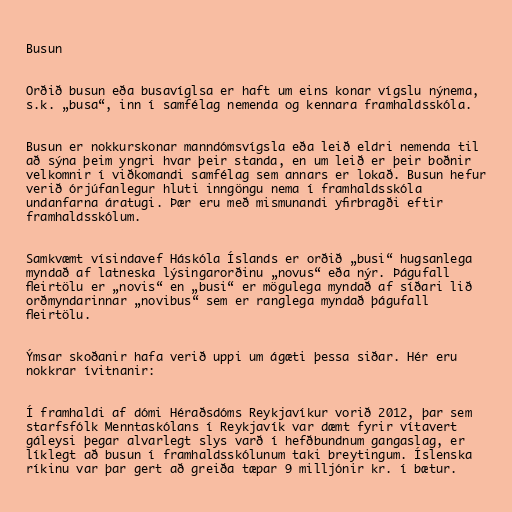
Busun

Orðið busun eða busavíglsa er haft um eins konar vígslu nýnema,
s.k. „busa“, inn í samfélag nemenda og kennara framhaldsskóla.

Busun er nokkurskonar manndómsvígsla eða leið eldri nemenda til
að sýna þeim yngri hvar þeir standa, en um leið er þeir boðnir
velkomnir í viðkomandi samfélag sem annars er lokað. Busun hefur
verið órjúfanlegur hluti inngöngu nema í framhaldsskóla
undanfarna áratugi. Þær eru með mismunandi yfirbragði eftir
framhaldsskólum.

Samkvæmt vísindavef Háskóla Íslands er orðið „busi“ hugsanlega
myndað af latneska lýsingarorðinu „novus“ eða nýr. Þágufall
fleirtölu er „novis“ en „busi“ er mögulega myndað af síðari lið
orðmyndarinnar „novibus“ sem er ranglega myndað þágufall
fleirtölu.

Ýmsar skoðanir hafa verið uppi um ágæti þessa siðar. Hér eru
nokkrar ívitnanir:

Í framhaldi af dómi Héraðsdóms Reykjavíkur vorið 2012, þar sem
starfsfólk Menntaskólans í Reykjavík var dæmt fyrir vítavert
gáleysi þegar alvarlegt slys varð í hefðbundnum gangaslag, er
líklegt að busun í framhaldsskólunum taki breytingum. Íslenska
ríkinu var þar gert að greiða tæpar 9 milljónir kr. í bætur.